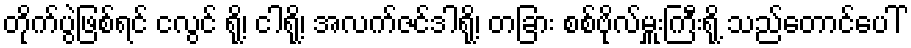
တိုက်ပွဲဖြစ်ရင် ငလွင် ရို့၊ ငါရို့၊ အလက်ဇင်ဒါရို့၊ တခြား စစ်ဗိုလ်မှူးကြီးရို့ သည်တောင်ပေါ်